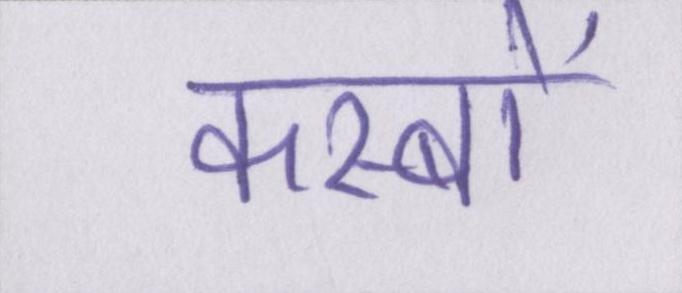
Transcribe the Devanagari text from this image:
कस्बों